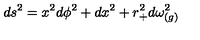
d s ^ { 2 } = x ^ { 2 } d \phi ^ { 2 } + d x ^ { 2 } + r _ { + } ^ { 2 } d \omega _ { ( g ) } ^ { 2 }